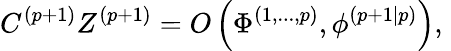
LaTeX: C^{(p+1)}Z^{(p+1)}=O\left(\Phi^{\left(1,...,p\right)},\phi^{\left(p+1|p\right)}\right),\;